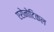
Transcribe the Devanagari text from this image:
एरोनोटिकल